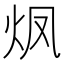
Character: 𮳡